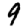
Digit: 9